Indian journal of veterinary science and animal husbandry - Volumes 18-21, 1948-1951
Year: 1948
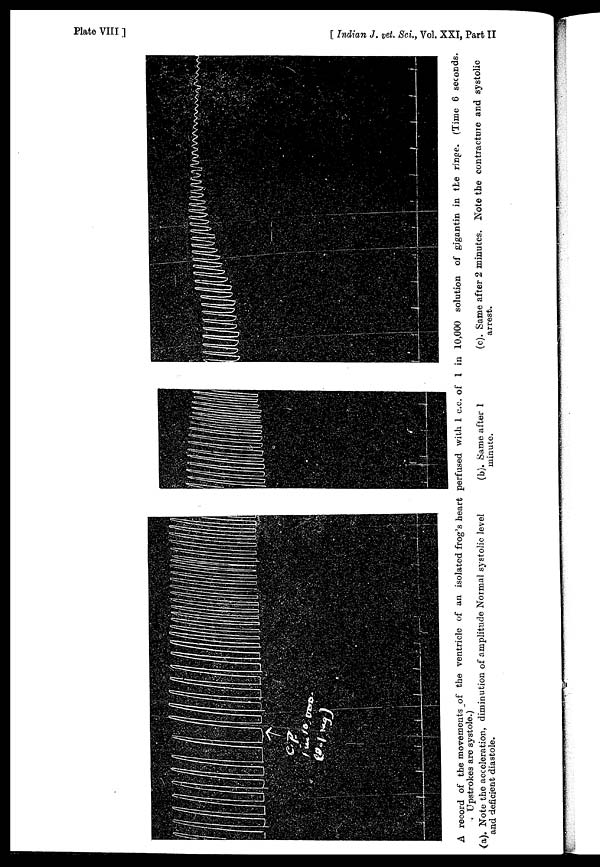
Plate VIII
.]
[Indian
J.
vet.Sci.,
vol. XXI, Part II
A record of the movements of the ventricle of an isolated frog's heart perfused with 1 c.c. of 1 in 10,000 solution of gigantin in the ringe. (Time 6 seconds.
Upstrokes are systole.)
(a). Note the acceleration, diminution of amplitude Normal systolic level
and deficient diastole.
(b) Same after 1
minute.
(c). Same after 2 minutes. Note the contractuie and systolic
arrest.